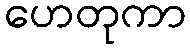
ဟေတုကာ